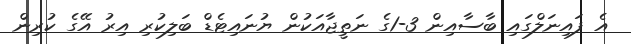
އެ ފައިނަލްގައި ބާސާއިން 3-1ގެ ނަތީޖާއަކުން ޔުނައިޓެޑް ބަލިކުރި އިރު އޭގެ ކުރިން